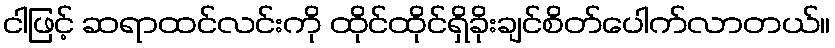
ငါဖြင့် ဆရာထင်လင်းကို ထိုင်ထိုင်ရှိခိုးချင်စိတ်ပေါက်လာတယ်။